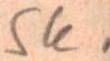
Sk.